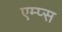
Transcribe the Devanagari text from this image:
एम्प्स